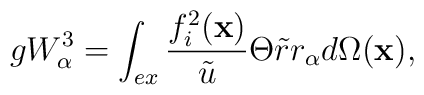
gW_{\alpha }^{3}=\int_{ex}\frac{f_{i}^{2}(\mathbf{x})}{\tilde{u}}\Theta \tilde{r}r_{\alpha }d\Omega (\mathbf{x}),